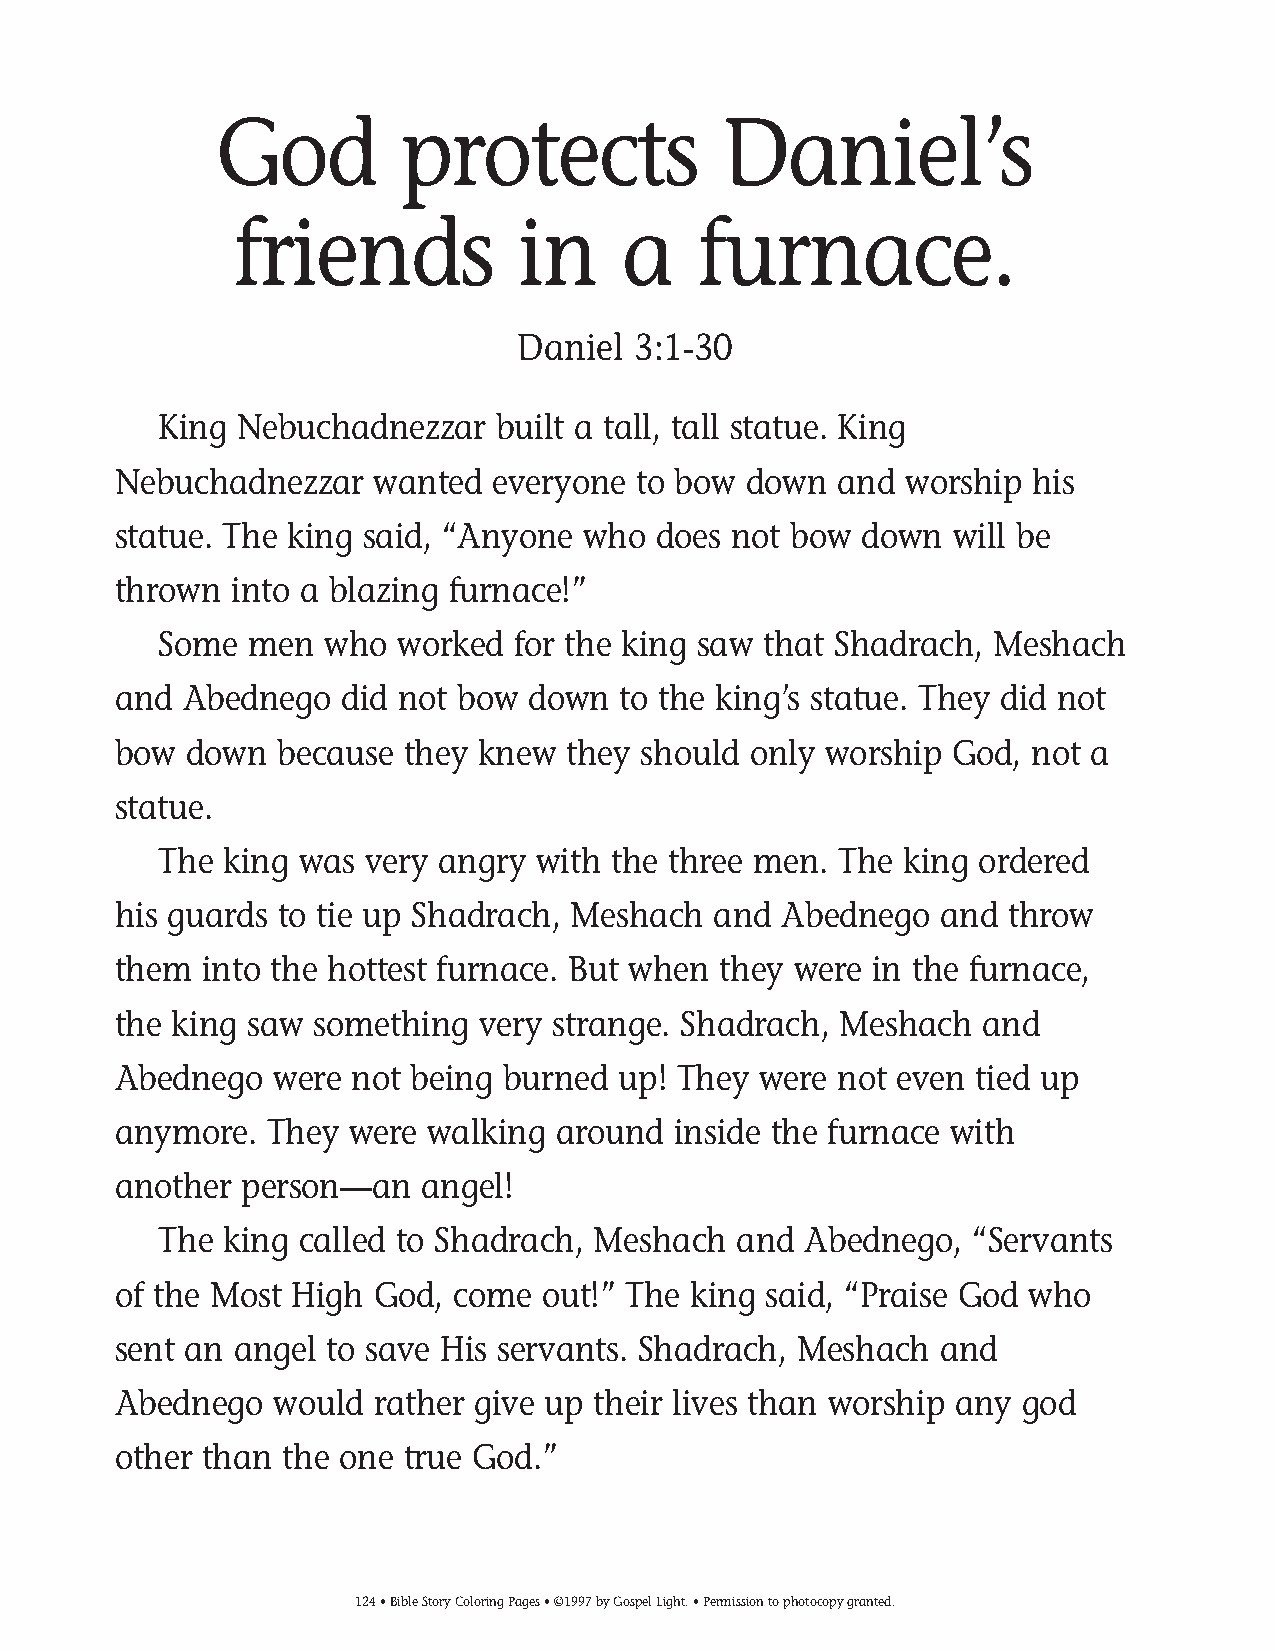
095-124 Coloring pgs_095-124 Coloring pgs 2/19/14 11:48 AM Page 124
 God         protects             Daniel’s
 friends            in     a    furnace.
 Daniel 3:1-30
 King Nebuchadnezzar   built a tall, tall statue. King
 Nebuchadnezzar   wanted  everyone  to bow down  and worship  his
 statue. The king said, “Anyone who  does not bow down   will be
 thrown  into a blazing furnace!”
 Some  men  who  worked for the king saw that Shadrach, Meshach
 and  Abednego  did not bow down  to the king’s statue. They did not
 bow  down  because they knew  they should only worship God,  not a
 statue.
 The king was  very angry with the three men. The king ordered
 his guards to tie up Shadrach, Meshach  and Abednego   and throw
 them  into the hottest furnace. But when they were in the furnace,
 the king saw something  very strange. Shadrach, Meshach  and
 Abednego   were not being burned up! They  were not even tied up
 anymore.  They  were walking around  inside the furnace with
 another person—an   angel!
 The king called to Shadrach, Meshach  and  Abednego,  “Servants
 of the Most High God, come  out!” The king said, “Praise God who
 sent an angel to save His servants. Shadrach, Meshach  and
 Abednego   would rather give up their lives than worship any god
 other than the one true God.”
 124• Bible Story Coloring Pages • ©1997 by Gospel Light. • Permission to photocopy granted.